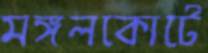
মঙ্গলকোটে